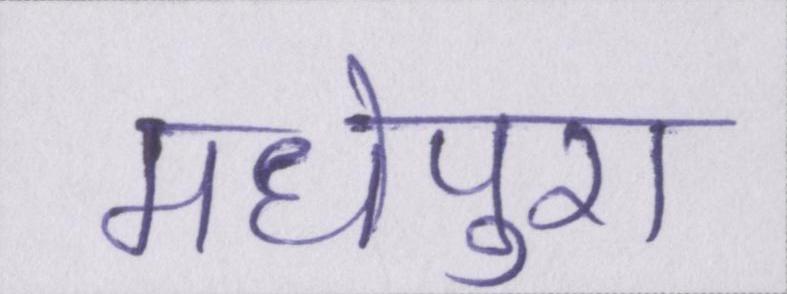
मधेपुरा